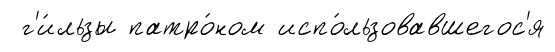
г'и́льзы патро́ном испо́льзовавшегос'я